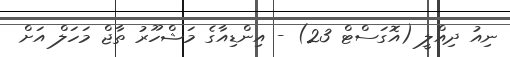
ނިއު ދިއްލީ (އޮގަސްޓް 23) - އިންޑިއާގެ މަޝްހޫރު ތާޖް މަހަލް އަށް